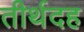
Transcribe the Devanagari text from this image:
तीर्थदह